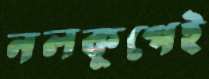
নলকূপেই